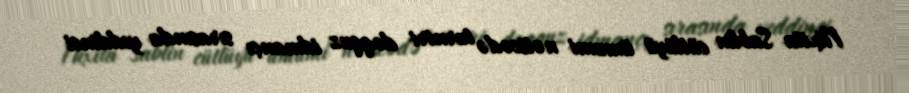
Nixita Sablin cütlüyü ümumi nəticədə turniri doqquz idmançı sırasında yeddinci